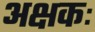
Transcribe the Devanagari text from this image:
अक्षकः